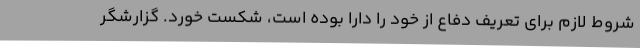
شروط لازم برای تعریف دفاع از خود را دارا بوده است، شکست خورد. گزارشگر